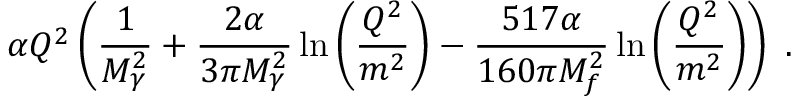
\alpha Q ^ { 2 } \left( \frac { 1 } { M _ { \gamma } ^ { 2 } } + \frac { 2 \alpha } { 3 \pi M _ { \gamma } ^ { 2 } } \ln \left( \frac { Q ^ { 2 } } { m ^ { 2 } } \right) - \frac { 5 1 7 \alpha } { 1 6 0 \pi M _ { f } ^ { 2 } } \ln \left( \frac { Q ^ { 2 } } { m ^ { 2 } } \right) \right) \ .